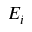
E _ { i }